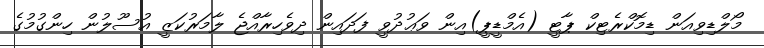
މޯލްޑިވިއަން ޑިމޮކްރެޓިކް ޕާޓީ (އެމްޑީޕީ)އިން ވަޢުދުވީ ފަދައިން ދިވެހިރާއްޖެ ލާމަރުކަޒީ އުސޫލުން ހިންގުމުގެ